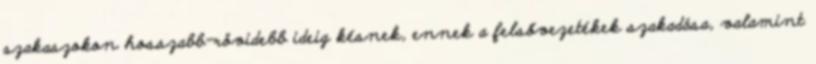
szakaszokon hosszabb-rövidebb ideig késnek, ennek a felsővezetékek szakadása, valamint